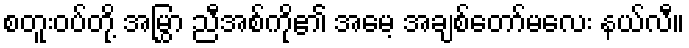
စတူးဝပ်တို့ အမြွှာ ညီအစ်ကို၏ အမေ့ အချစ်တော်မလေး နယ်လီ။